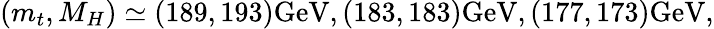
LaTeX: (m_{t},M_{H})\simeq(189,193)\mathrm{GeV},(183,183)\mathrm{GeV},(177,173)\mathrm{GeV},